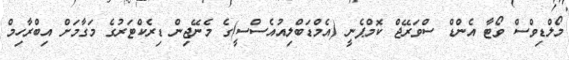
މޯލްޑިވްސް ވޯޓާ އެންޑް ސްވަރޭޖް ކޮމްޕެނީ (އެމްޑަބްލިއުއެސްސީ)ގެ މެނޭޖިން ޑިރެކްޓަރުގެ މަގާމަށް އިބްރާހިމް